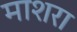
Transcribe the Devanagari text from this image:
माशरा